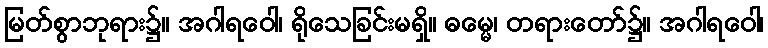
မြတ်စွာဘုရား၌။ အဂါရဝေါ၊ ရိုသေခြင်းမရှိ။ ဓမ္မေ၊ တရားတော်၌။ အဂါရဝေါ၊